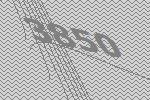
3850